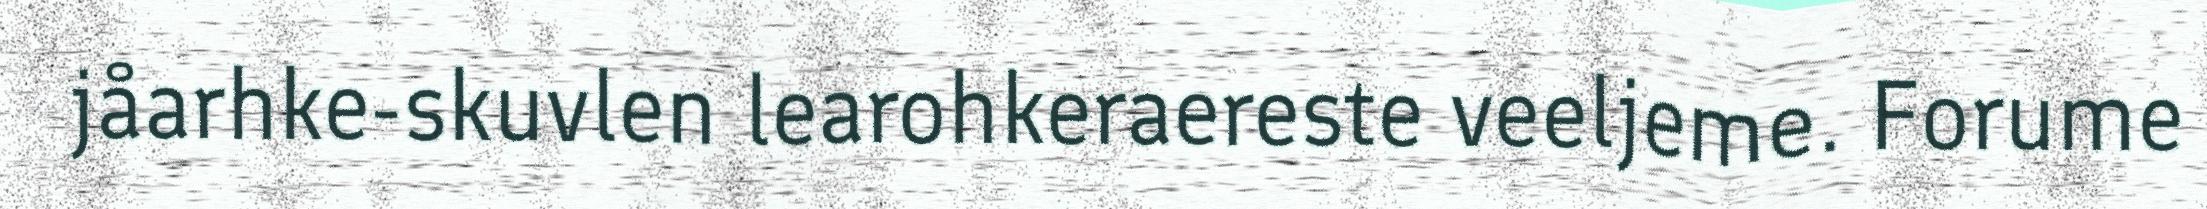
jåarhke-skuvlen learohkeraereste veeljeme. Forume